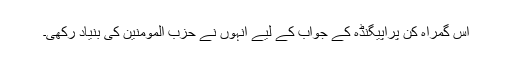
اس گمراہ کن پراپیگنڈہ کے جواب کے لیے انہوں نے حزب المومنین کی بنیاد رکھی۔